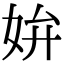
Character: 𡛞